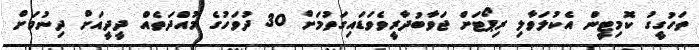
ތަހުގީގު ކޮމިޓީން އެކުލަވާލި ރިޕޯޓަށް ޖަވާބުދާރީވެވަޑައިގަތުމަށް 30 ދުވަހުގެ މުއްދަތެއް ދީދީއަށް ދިނުމަށް